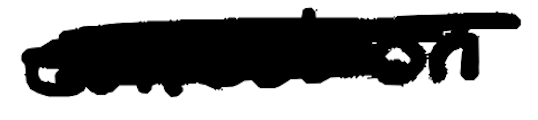
Text: collection
Cross-out: scratch
Writing tool: digital_black